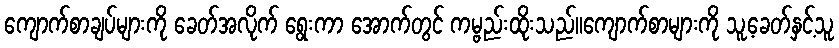
ကျောက်စာချပ်များကို ခေတ်အလိုက် ရွေးကာ အောက်တွင် ကမ္ဗည်းထိုးသည်။ကျောက်စာများကို သူ့ခေတ်နှင့်သူ